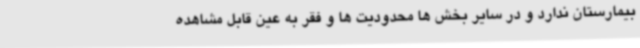
بیمارستان ندارد و در سایر بخش ها محدودیت ها و فقر به عین قابل مشاهده